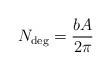
LaTeX: \begin{align*}N_{\rm deg}={b A\over 2\pi}\end{align*}